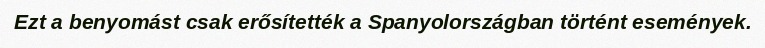
Ezt a benyomást csak erősítették a Spanyolországban történt események.